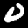
Label: 0